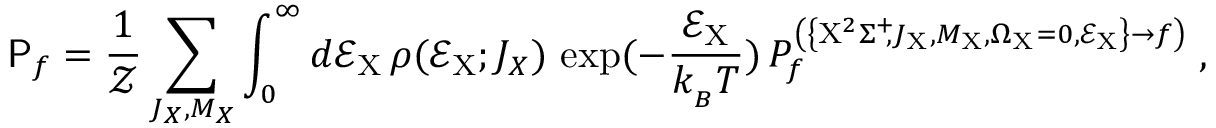
\mathsf { P } _ { f } = \frac { 1 } { \mathcal { Z } } \sum _ { J _ { X } , M _ { X } } \int _ { 0 } ^ { \infty } d \mathcal { E } _ { \mathrm { X } } \, \rho ( \mathcal { E } _ { \mathrm { X } } ; J _ { X } ) \, \exp ( - \frac { \mathcal { E } _ { \mathrm { X } } } { k _ { _ B } T } ) \, P _ { f } ^ { \left( \left\{ \mathrm { X } ^ { 2 } \Sigma ^ { + } \! \! , J _ { \mathrm { X } } , M _ { \mathrm { X } } , \Omega _ { \mathrm { X } } = 0 , \mathcal { E } _ { \mathrm { X } } \right\} \rightarrow f \right) } \; ,